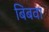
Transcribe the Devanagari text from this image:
बिबवा